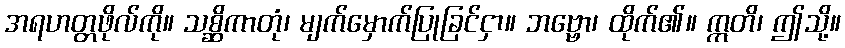
အရဟတ္တဖိုလ်ကို။ သစ္ဆိကာတုံ၊ မျက်မှောက်ပြုခြင်ငှာ။ ဘဗ္ဗော၊ ထိုက်၏။ ဣတိ၊ ဤသို့။